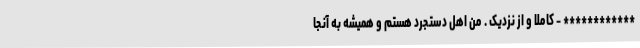
************ - کاملا و از نزدیک . من اهل دستجرد هستم و همیشه به آنجا